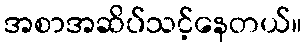
အစာအဆိပ်သင့်နေတယ်။